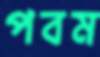
পবম